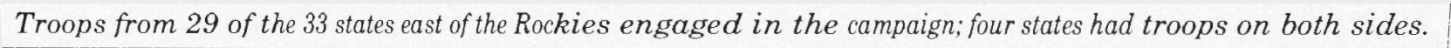
Troops from 29 of the 33 states east of the Rockies engaged in the campaign; four states had troops on both sides.